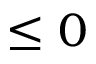
\leq 0